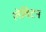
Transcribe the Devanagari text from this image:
लेविटन